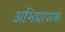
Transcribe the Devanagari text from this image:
अभिधापरक